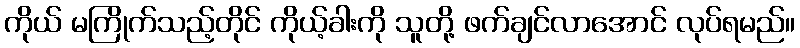
ကိုယ် မကြိုက်သည့်တိုင် ကိုယ့်ခါးကို သူတို့ ဖက်ချင်လာအောင် လုပ်ရမည်။